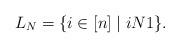
LaTeX: \begin{align*}L_N = \{i \in [n] \mid i N 1\}.\end{align*}